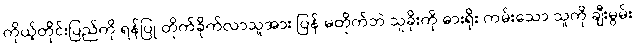
ကိုယ့်တိုင်းပြည်ကို ရန်ပြု တိုက်ခိုက်လာသူအား ပြန် မတိုက်ဘဲ သူခိုးကို ဓားရိုး ကမ်းသော သူကို ချီးမွမ်း